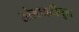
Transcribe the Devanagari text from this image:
सोसायटीतून